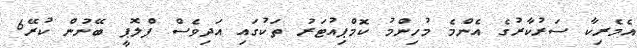
އެމެރިކާ ސަރުކާރުގެ އެންމެ މުހިންމު ކޮމްޕިއުޓަރު ތަކުގައި އަދިވެސް ފްލޮޕީ ބޭނުން ކުރޭ6